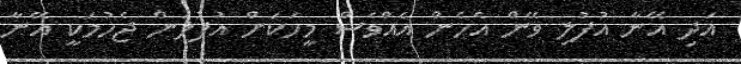
އަދި އޭނާ އުފުލި ވޭން އެހެން އެއްވެސް މީހަކަށް އުފުލަން ޖެހުމަކީ އޭނާ